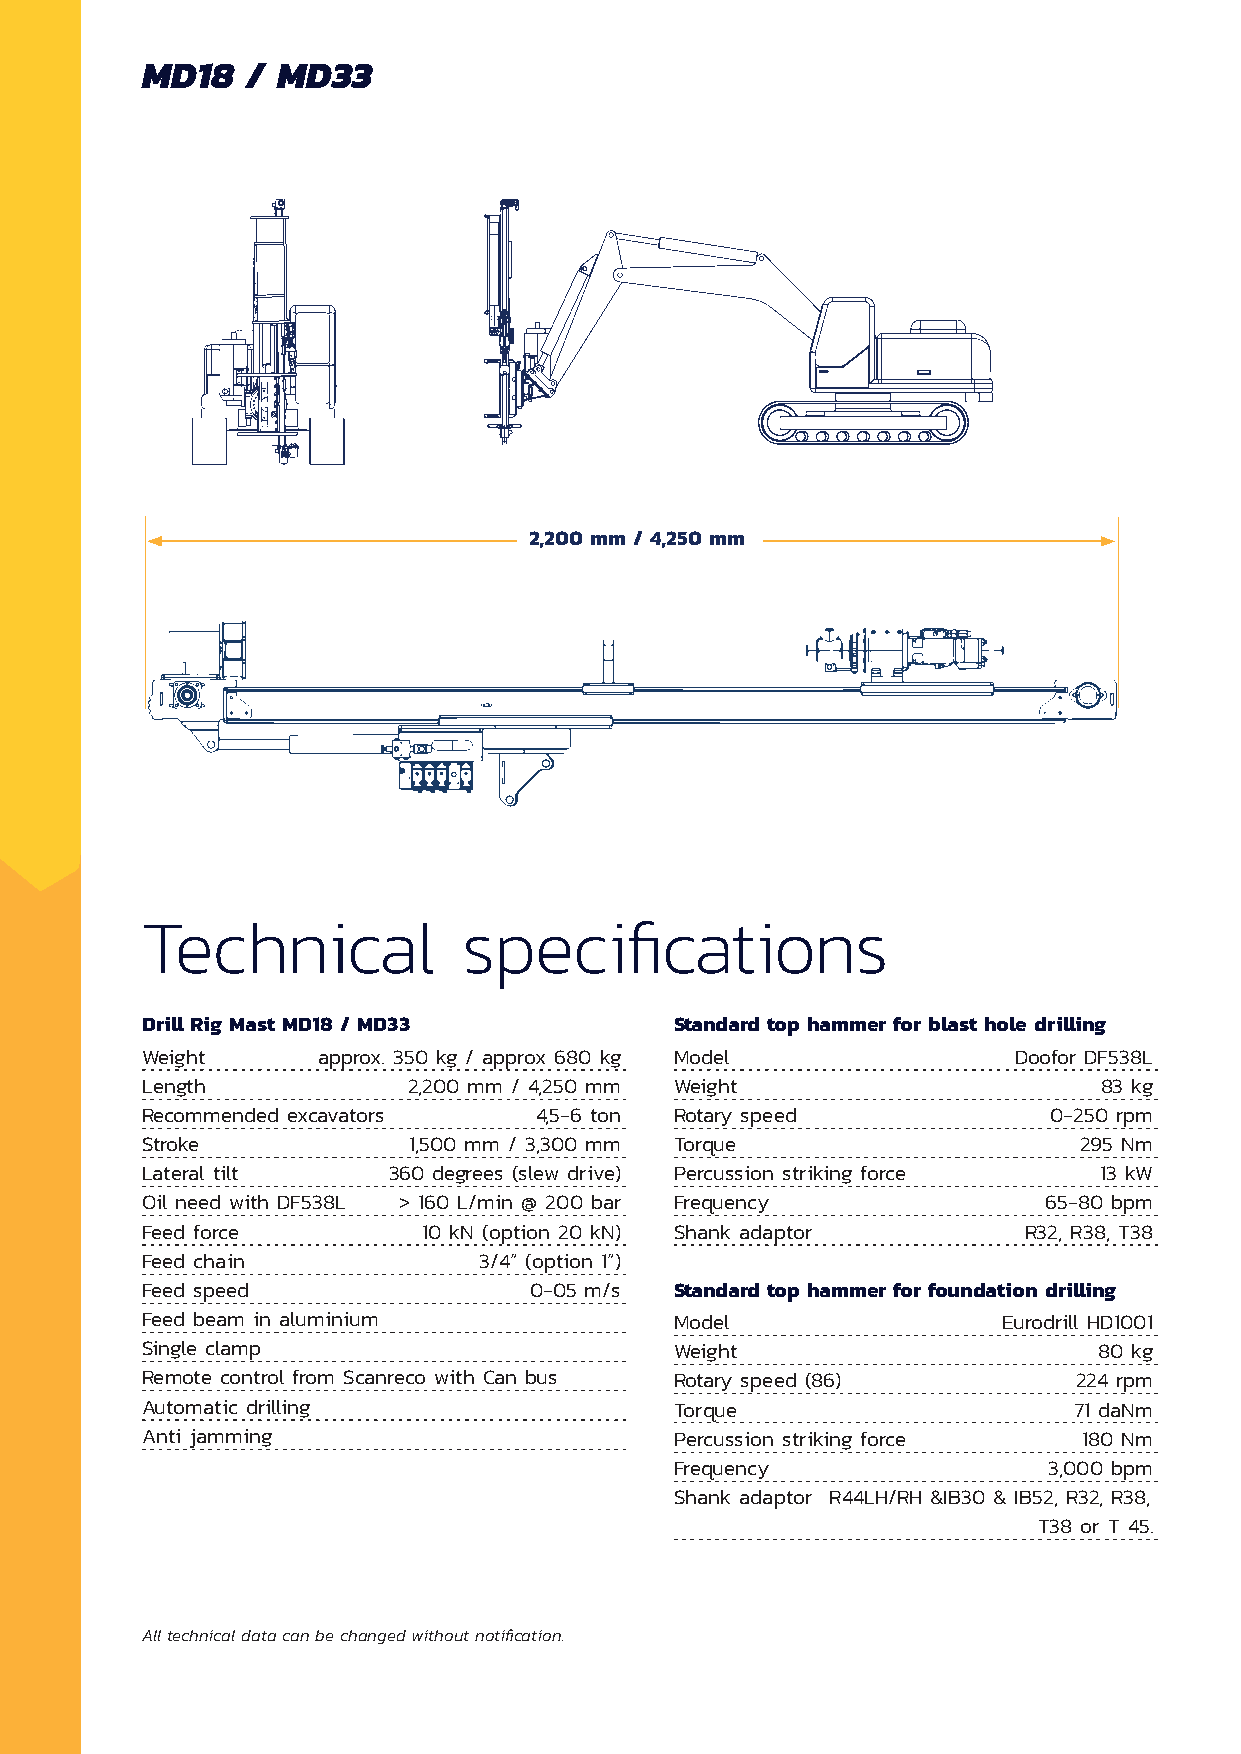
MD18   / MD33
 2,200 mm / 4,250 mm
 Technical             specifications
 Drill Rig Mast MD18 / MD33          Standard top hammer for blast hole drilling
 Weight      approx. 350 kg / approx 680 kg Model          Doofor DF538L
 Length            2,200 mm / 4,250 mm Weight                    83 kg
 Recommended excavators    4,5-6 ton Rotary speed            0-250 rpm
 Stroke            1,500 mm / 3,300 mm Torque                  295 Nm
 Lateral tilt     360 degrees (slew drive) Percussion striking force 13 kW
 Oil need with DF538L > 160 L/min @ 200 bar Frequency        65-80 bpm
 Feed force         10 kN (option 20 kN) Shank adaptor      R32, R38, T38
 Feed chain             3/4” (option 1”)
 Feed speed                0-05 m/s  Standard top hammer for foundation drilling
 Feed beam in aluminium              Model                Eurodrill HD1001
 Single clamp                        Weight                      80 kg
 Remote control from Scanreco with Can bus Rotary speed (86)   224 rpm
 Automatic drilling                  Torque                    71 daNm
 Anti jamming                        Percussion striking force  180 Nm
 Frequency               3,000 bpm
 Shank adaptor R44LH/RH &IB30 & IB52, R32, R38,
 T38 or T 45.
 All technical data can be changed without notification.